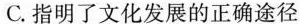
C. 指明了文化发展的正确途径